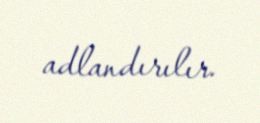
adlandırılır.